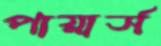
পায়ার্স